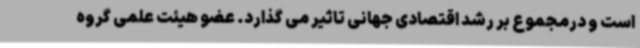
است و درمجموع بر رشد اقتصادی جهانی تاثیر می گذارد. عضو هیئت علمی گروه